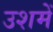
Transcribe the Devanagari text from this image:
उशमें